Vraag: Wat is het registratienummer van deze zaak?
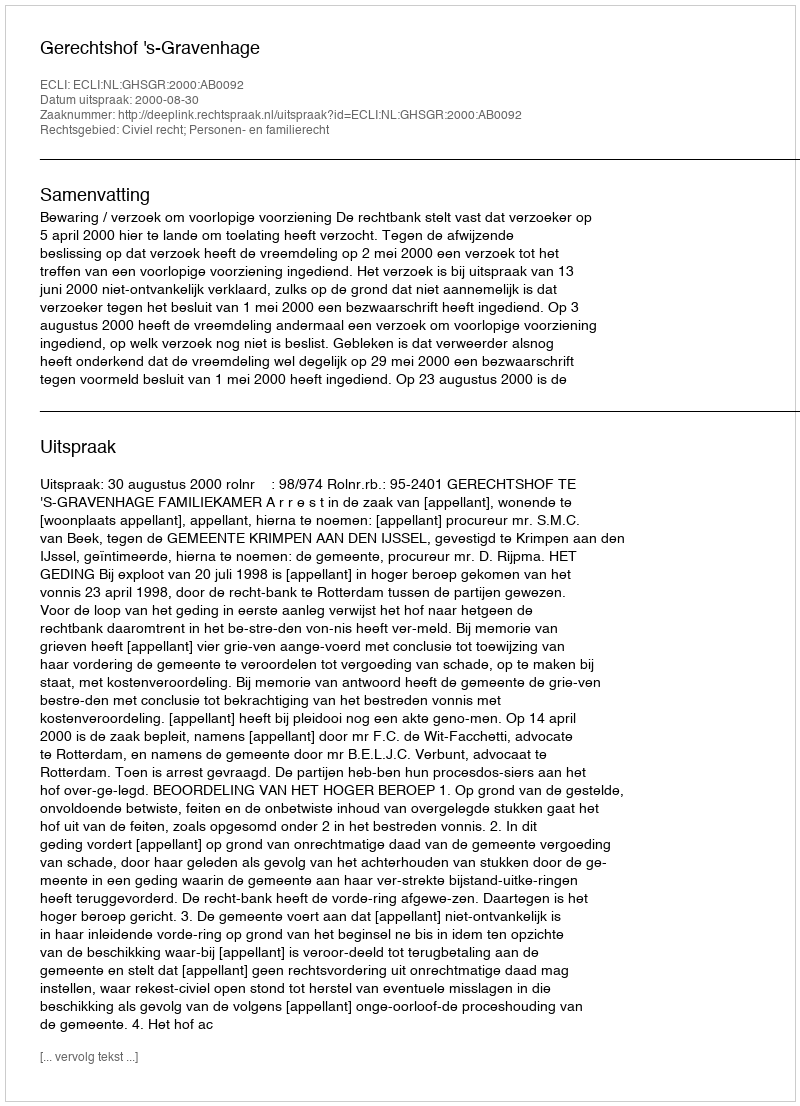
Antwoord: http://deeplink.rechtspraak.nl/uitspraak?id=ECLI:NL:GHSGR:2000:AB0092